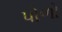
પોળો